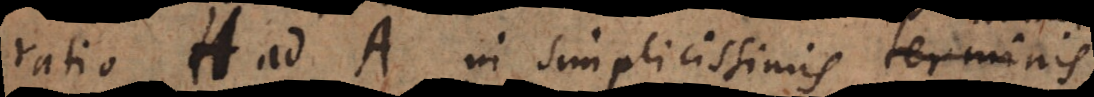
ratio H ad A in simplicissimis terminis